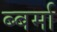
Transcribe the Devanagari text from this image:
ब्बर्मा